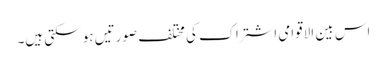
اس بین الاقوامی اشتراک کی مختلف صورتیں ہو سکتی ہیں۔